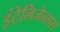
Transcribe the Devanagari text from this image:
इंटेलिजेन्सस